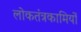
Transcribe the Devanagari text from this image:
लोकतंत्रकामियों